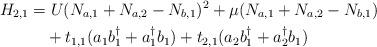
LaTeX: \begin{align*}H_{2,1} &= U(N_{a,1}+N_{a,2}-N_{b,1})^2+\mu(N_{a,1}+N_{a,2}-N_{b,1}) \\&\quad+t_{1,1}(a_{1}b_{1}^\dagger+a_{1}^\dagger b_{1})+t_{2,1}(a_{2}b_{1}^\dagger+a_{2}^\dagger b_{1})\end{align*}